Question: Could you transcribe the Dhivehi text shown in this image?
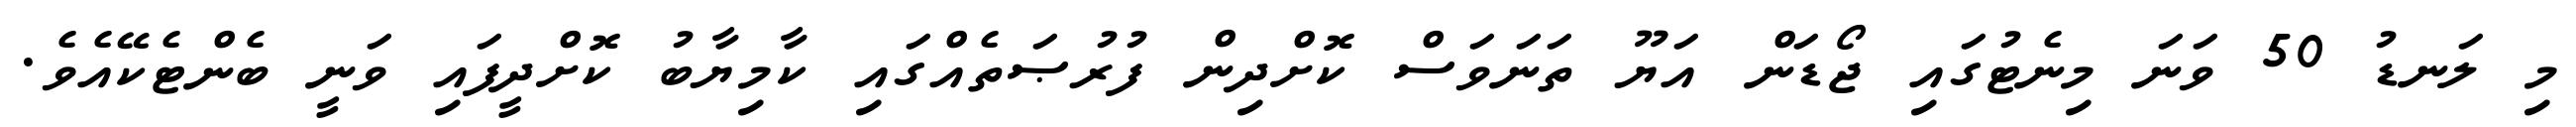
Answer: މި ލަނޑު 50 ވަނަ މިނެޓުގައި ޖޯޑަން އަޔޫ ތަނަވަސް ކޮށްދިން ފުރުޞަތެއްގައި ކާމިޔާބު ކޮށްދީފައި ވަނީ ބެންޓެކޭއެވެ.